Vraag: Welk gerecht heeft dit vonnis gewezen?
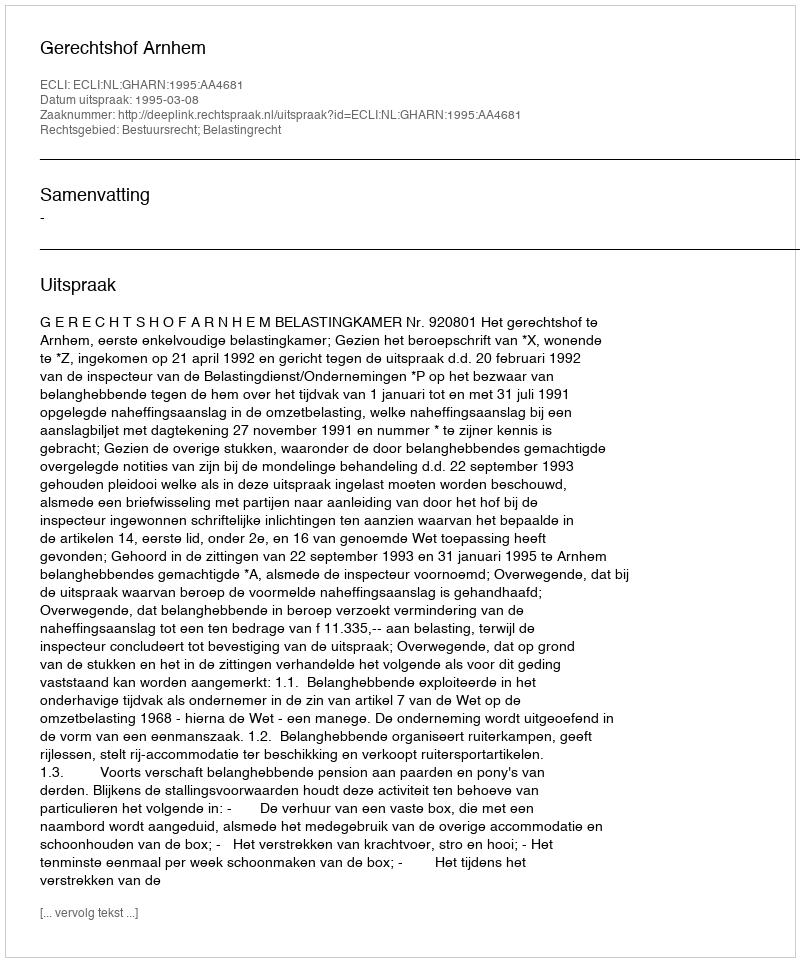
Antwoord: Gerechtshof Arnhem